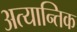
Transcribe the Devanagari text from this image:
अत्यान्तिक